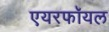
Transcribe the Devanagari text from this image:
एयरफॉयल